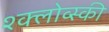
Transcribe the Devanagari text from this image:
श्क्लोव्स्की